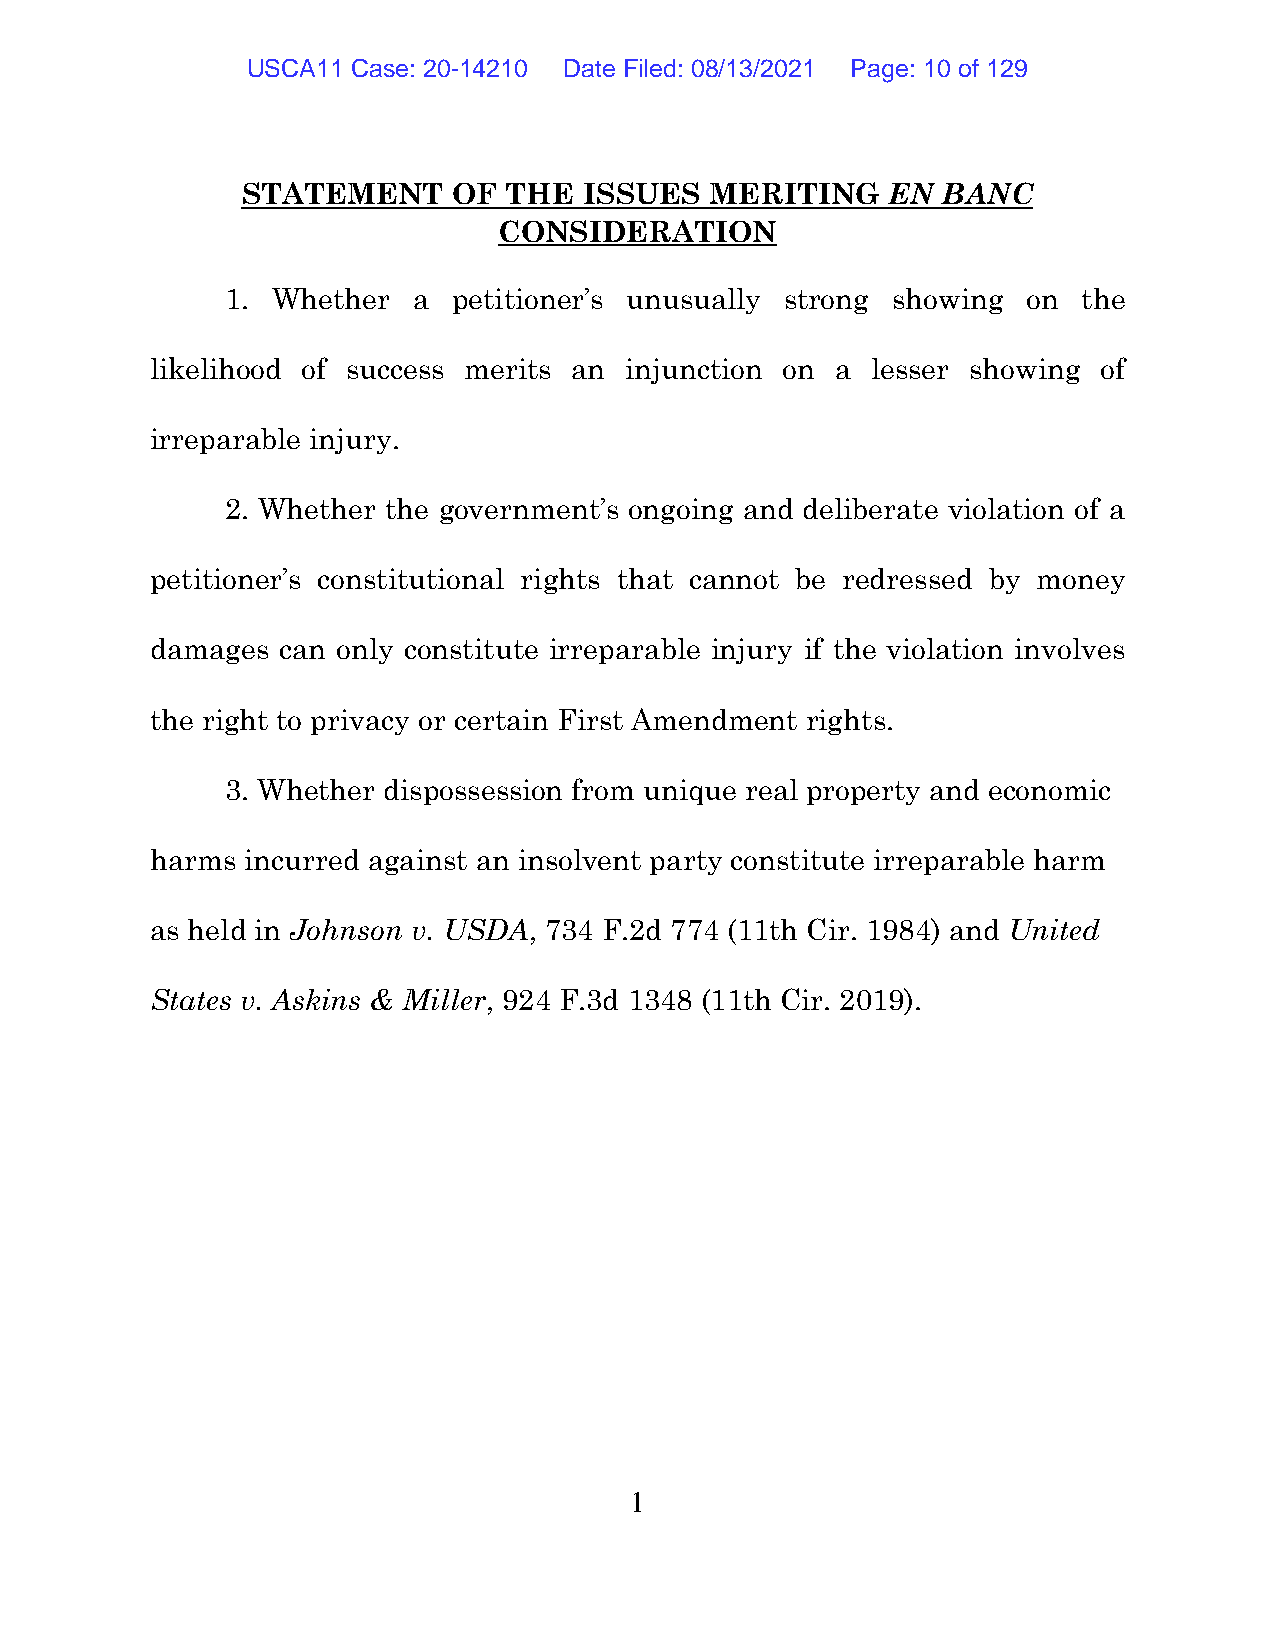
USCA11 Case: 20-14210 Date Filed: 08/13/2021 Page: 10 of 129
 STATEMENT     OF  THE  ISSUES  MERITING    EN BANC
 CONSIDERATION
 1. Whether  a  petitioner’s unusually strong showing on  the
 likelihood of success merits an injunction on a lesser showing of
 irreparable injury.
 2. Whether the government’s ongoing and deliberate violation of a
 petitioner’s constitutional rights that cannot be redressed by money
 damages  can only constitute irreparable injury if the violation involves
 the right to privacy or certain First Amendment rights.
 3. Whether dispossession from unique real property and economic
 harms incurred against an insolvent party constitute irreparable harm
 as held in Johnson v. USDA, 734 F.2d 774 (11th Cir. 1984) and United
 States v. Askins & Miller, 924 F.3d 1348 (11th Cir. 2019).
 1